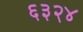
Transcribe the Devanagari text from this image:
६३२४